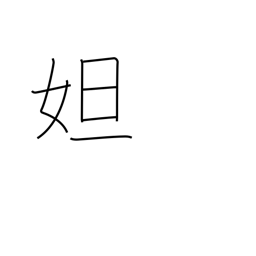
Meaning: female proper name